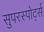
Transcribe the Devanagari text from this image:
सुपरस्पोर्ट्स